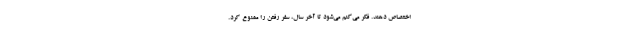
اختصاص دهند. فکر می‌‌کنم می‌شود تا آخر سال، سفر رفتن را ممنوع کرد.